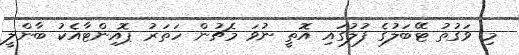
މި ވަގުތު ޓޭބަލުގެ ފުލުގައި އޮތީ ނުވަ މެޗުން ހަތަރު ޕޮއިންޓާއެކު ބާންލީ